Lunatic asylums Punjab 1868-1880 - 1868-1880
Year: 1868
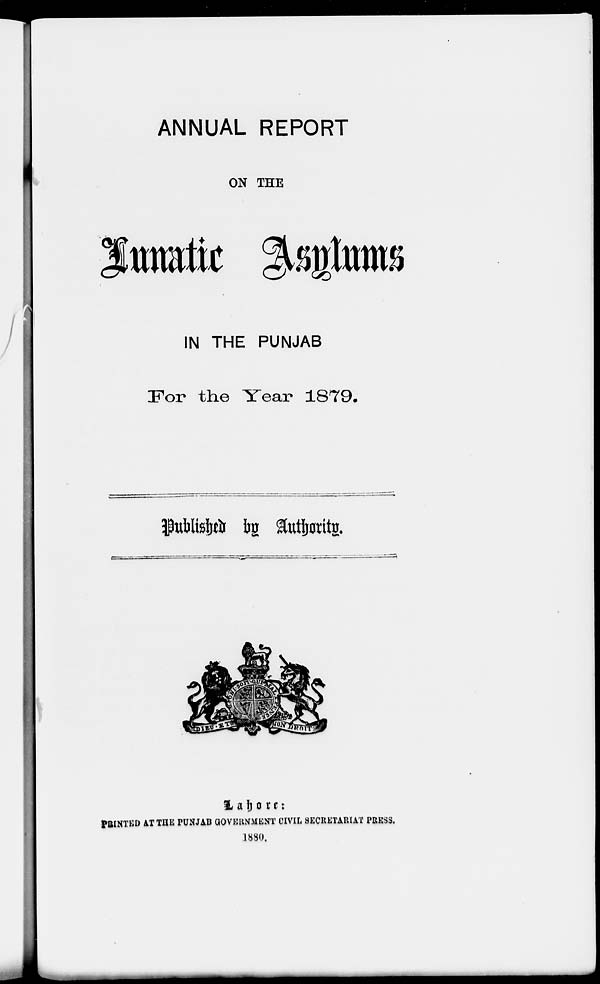
ANNUAL REPORT
ON THE
Lunatic Asylums
IN THE PUNJAB
For the Year 1879.
Published by Authority.
Lahore:
PRINTED AT THE PUNJAB GOVERNMENT CIVIL SECRETARIAT PRESS.
1830.